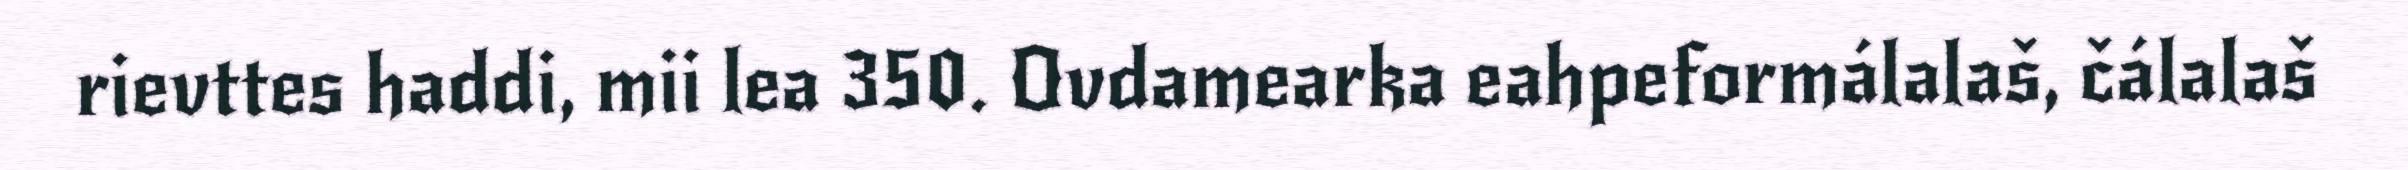
rievttes haddi, mii lea 350. Ovdamearka eahpeformálalaš, čálalaš